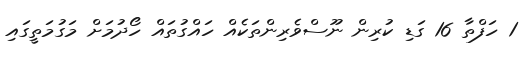
1 ހަފްތާ 16 ގަޑި ކުރިން ނޫސްވެރިންތަކެއް ހައްގުތައް ހޯދުމަށް މަގުމަތީގައި